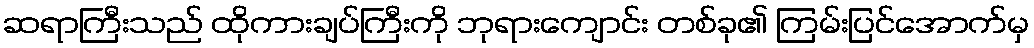
ဆရာကြီးသည် ထိုကားချပ်ကြီးကို ဘုရားကျောင်း တစ်ခု၏ ကြမ်းပြင်အောက်မှ